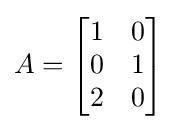
A={\begin{bmatrix}1&0\\0&1\\2&0\end{bmatrix}}